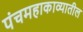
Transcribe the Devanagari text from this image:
पंचमहाकाव्यातील